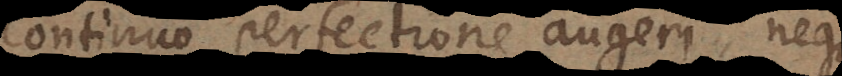
continuo perfectione augeri, neque